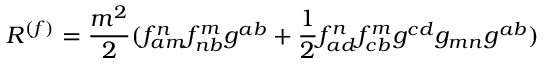
R ^ { ( f ) } = \frac { m ^ { 2 } } { 2 } ( f _ { a m } ^ { n } f _ { n b } ^ { m } g ^ { a b } + \frac 1 2 f _ { a d } ^ { n } f _ { c b } ^ { m } g ^ { c d } g _ { m n } g ^ { a b } )